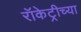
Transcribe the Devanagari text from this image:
रॉकेट्रीच्या